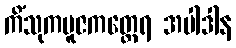
ကိံသုကပူဇကတ္ထေရ အပါဒါန